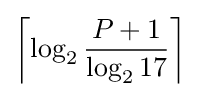
\left\lceil \log _{2}{\frac {P+1}{\log _{2}17}}\right\rceil